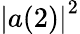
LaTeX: \left|a(2)\right|^{2}